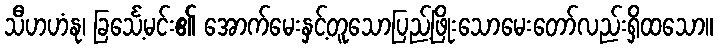
သီဟဟံနု၊ ခြင်္သေ့မင်း၏ အောက်မေးနှင့်တူသောပြည့်ဖြိုးသောမေးတော်လည်းရှိထသော။